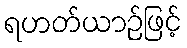
ရဟတ်ယာဉ်ဖြင့်